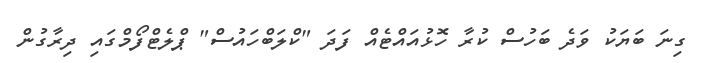
ގިނަ ބަޔަކު ވަދެ ބަހުސް ކުރާ ހޮޅުއައްޓެއް ފަދަ "ކްލަބްހައުސް" ޕްލެޓްފޯމްގައި ދިރާގުން